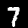
Label: 7